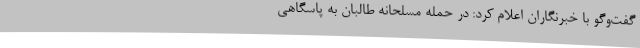
گفت‌وگو با خبرنگاران اعلام کرد: در حمله مسلحانه طالبان به پاسگاهی